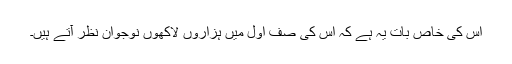
اس کی خاص بات یہ ہے کہ اس کی صف اول میں ہزاروں لاکھوں نوجوان نظر آتے ہیں۔